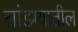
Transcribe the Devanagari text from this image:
लांडग्यातील